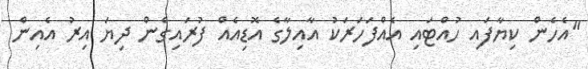
"އެހެން ކިޔާފައި ހުއްޓައި އެއްފަހަރަކު އާއިލާގެ އޮޑިއެއް ފުރައިގެން ދިޔަ އިރު އެއިން